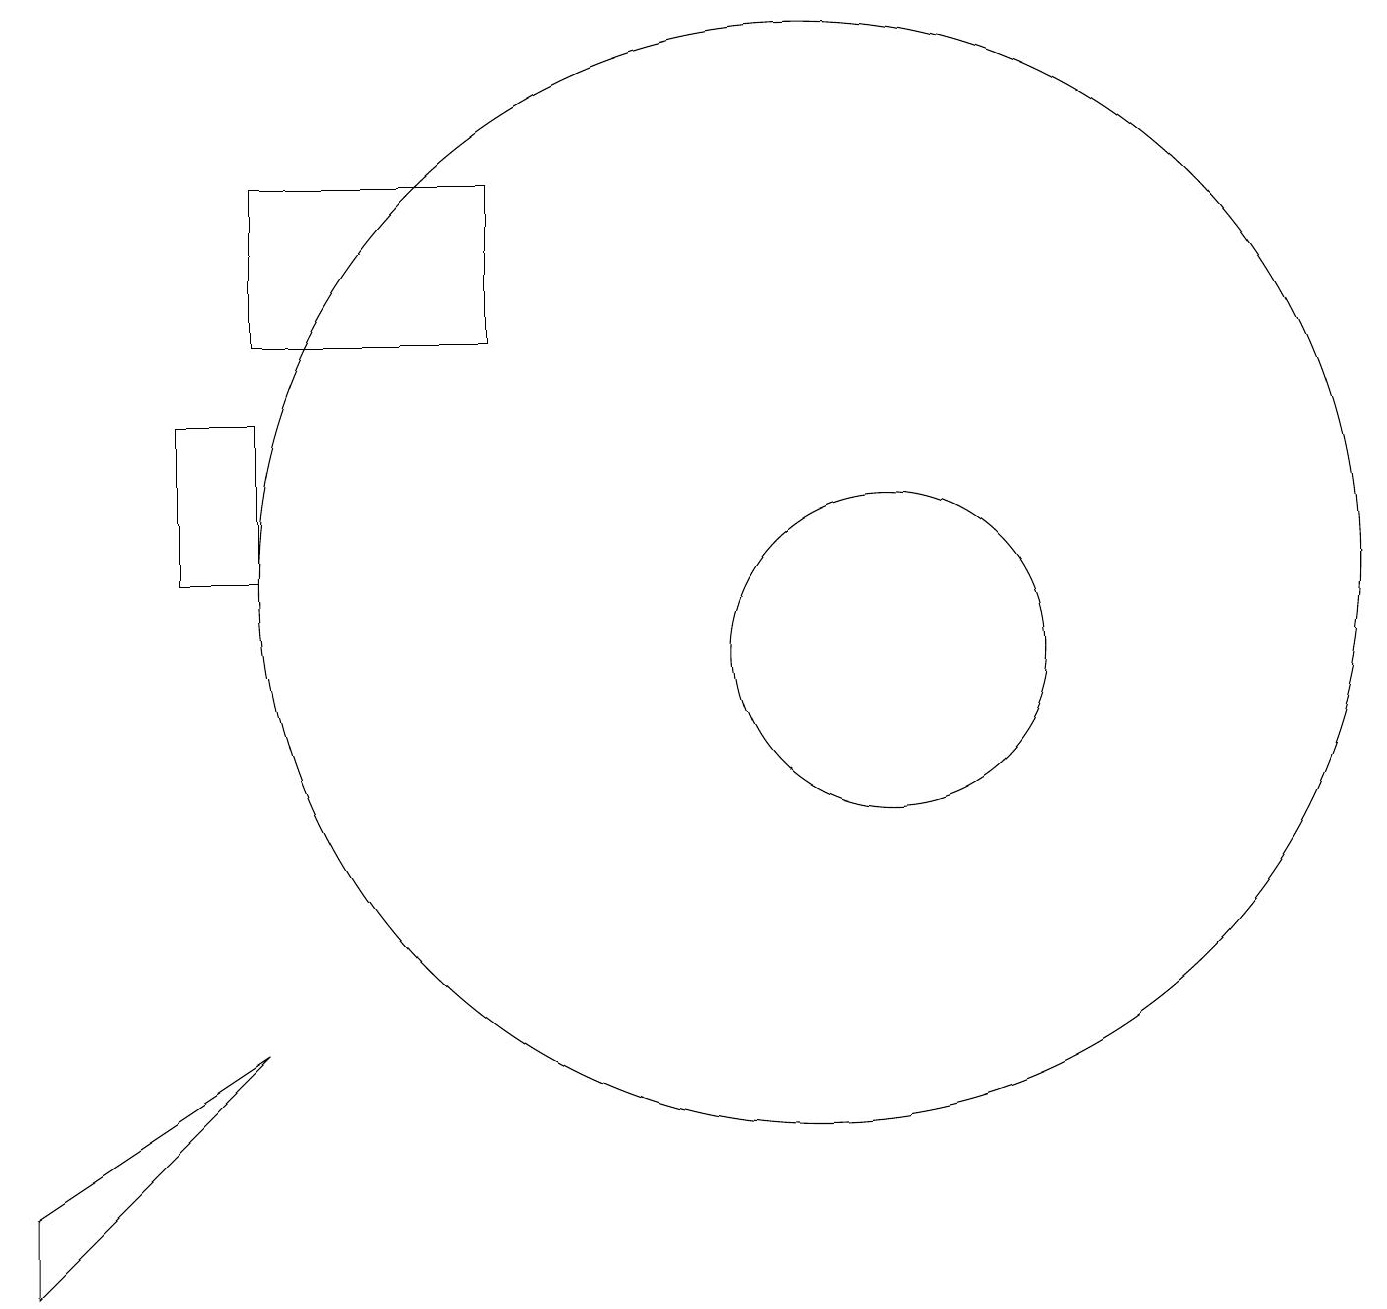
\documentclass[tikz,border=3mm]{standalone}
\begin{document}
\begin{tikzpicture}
\draw (3,13) rectangle (2,11);
\draw (3,5) -- (0,3) -- (0,2) -- cycle;
\draw (11,10) circle (2);
\draw (6,14) rectangle (3,16);
\draw (10,11) circle (7);
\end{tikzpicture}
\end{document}